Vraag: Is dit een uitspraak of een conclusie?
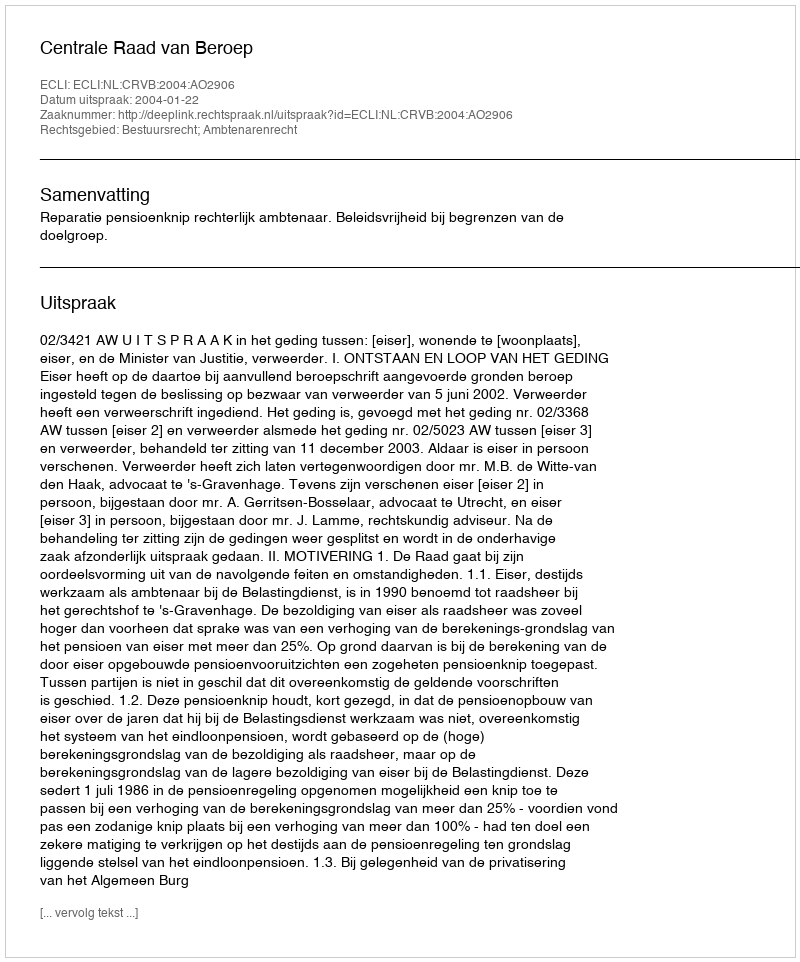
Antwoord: Uitspraak